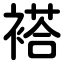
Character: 褡